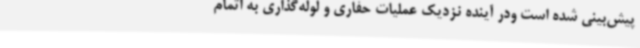
پیش‌بینی ‌شده است ودر آینده نزدیک عملیات حفاری و لوله‌گذاری به اتمام